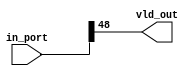
`timescale 1ns / 1ps
//////////////////////////////////////////////////////////////////////////////////
// Company: 
// Engineer: 
// 
// Design Name: 
// Module Name: sel_vld
// Project Name: 
// Target Devices: 
// Tool Versions: 
// Description: 
// 
// Dependencies: 
// 
// Revision:
// Revision 0.01 - File Created
// Additional Comments:
// 
//////////////////////////////////////////////////////////////////////////////////


module sel_vld(
    input [48:0] in_port,
    output vld_out

    );
    
    assign vld_out = in_port[48];
endmodule